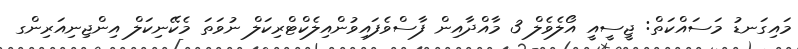
މައިގަނޑު މަސައްކަތް: ޖީސީއީ އޯލެވެލް 3 މާއްދާއިން ފާސްވެފައިވުންއިލެކްޓްރިކަލް ނުވަތަ މެކޭނިކަލް އިންޖިނިއަރިންގ